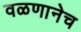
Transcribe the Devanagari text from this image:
वळणानेच